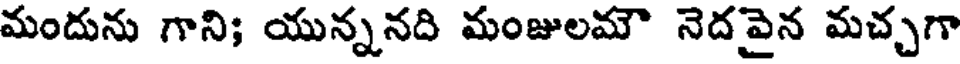
మందును గాని; యున్ననది మంజులమౌ నెదవైన మచ్చగా